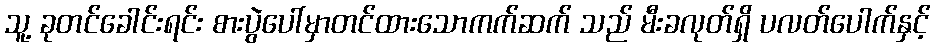
သူ့ ခုတင်ခေါင်းရင်း စားပွဲပေါ်မှာတင်ထားသောကက်ဆက် သည် မီးခလုတ်ရှိ ပလတ်ပေါက်နှင့်